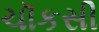
ચૉકસી